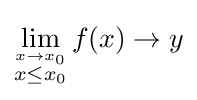
\lim _{\stackrel {x\to x_{0}}{x\leq x_{0}}}f(x)\to y